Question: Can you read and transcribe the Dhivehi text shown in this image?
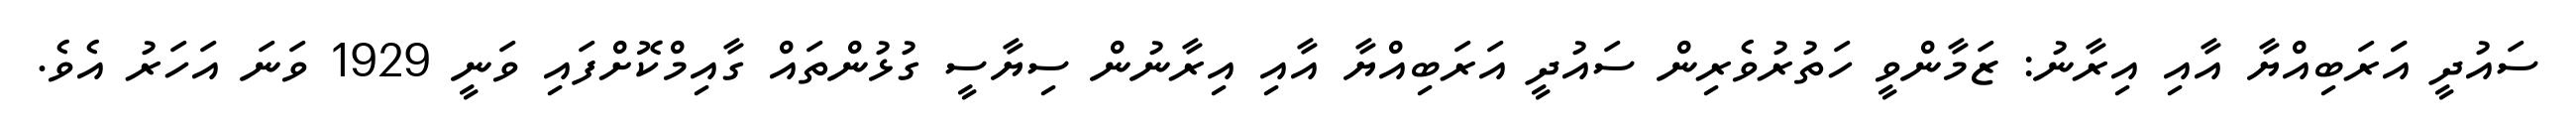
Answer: ސައުދީ އަަރަބިއްޔާ އާއި އިރާނު: ޒަމާންވީ ހަތުރުވެރިން ސައުދީ އަރަބިއްޔާ އާއި އިރާނުން ސިޔާސީ ގުޅުންތައް ގާއިމްކޮށްފައި ވަނީ 1929 ވަނަ އަހަރު އެވެ.